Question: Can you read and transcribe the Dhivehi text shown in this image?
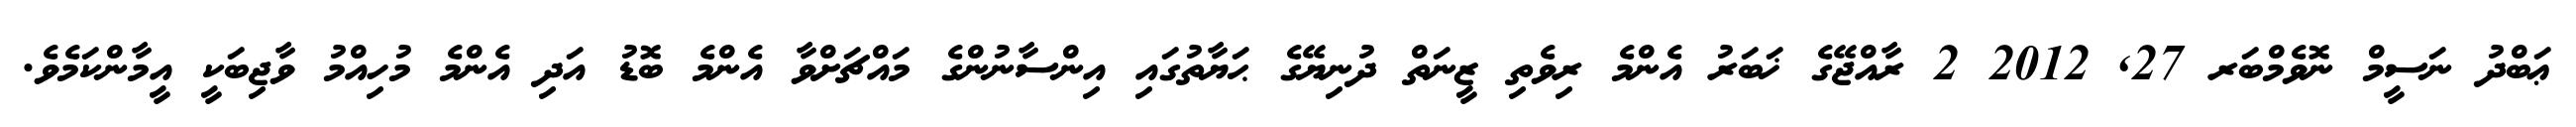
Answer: ޢަބްދު ނަސީމް ނޮވެމްބަރ 27, 2012 2 ރާއްޖޭގެ ޚަބަރު އެންމެ ރިވެތި ޒީނަތް ދުނިޔޭގެ ޙަޔާތުގައި އިންސާނުންގެ މައްޗަށްވާ އެންމެ ބޮޑު އަދި އެންމެ މުހިއްމު ވާޖިބަކީ އީމާންކަމެވެ.